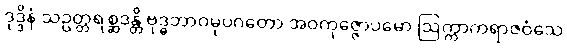
ဒုဒ္ဒိနံ သဥတ္တရစ္ဆဒန္တိ ဗုဒ္ဓဘာဝမုပဂတော အဝကုဇ္ဇောပမော ဩက္ကာကရာဇဝံသေ